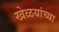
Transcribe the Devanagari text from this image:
खेळयांच्या